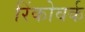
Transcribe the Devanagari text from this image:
रिंकोवर्क